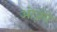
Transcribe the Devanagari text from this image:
ओज़ेरो